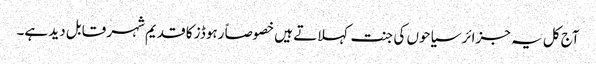
آج کل یہ جزائر سیاحوں کی جنت کہلاتے ہیں خصوصاً رہوڈز کا قدیم شہر قابل دید ہے۔